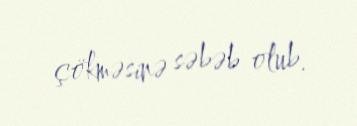
çökməsinə səbəb olub.